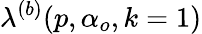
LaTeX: \lambda^{(b)}(p,\alpha_{o},k=1)